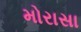
મોરાસા